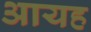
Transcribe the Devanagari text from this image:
आयह